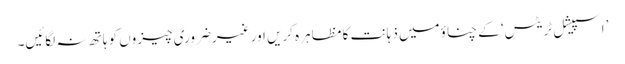
’اسپیشل ٹریٹس‘ کے چناؤمیں ذہانت کا مظاہرہ کریں اور غیرضروری چیزوں کو ہاتھ نہ لگائیں۔